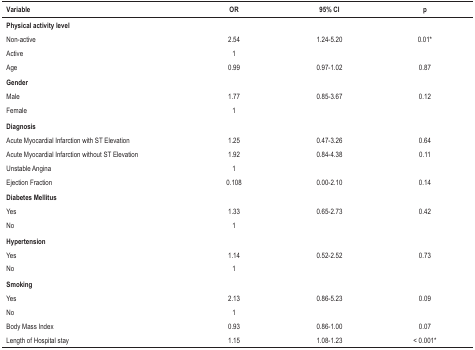
<table><thead><tr><td><b>Variable</b></td><td><b>OR</b></td><td><b>95% CI</b></td><td><b>p</b></td></tr></thead><tbody><tr><td><b>Physical activity level</b></td><td> </td><td> </td><td> </td></tr><tr><td>Non-active</td><td>2.54</td><td>1.24-5.20</td><td>0.01*</td></tr><tr><td>Active</td><td>1</td><td> </td><td> </td></tr><tr><td>Age</td><td>0.99</td><td>0.97-1.02</td><td>0.87</td></tr><tr><td><b>Gender</b></td><td> </td><td> </td><td> </td></tr><tr><td>Male</td><td>1.77</td><td>0.85-3.67</td><td>0.12</td></tr><tr><td>Female</td><td>1</td><td> </td><td> </td></tr><tr><td><b>Diagnosis</b></td><td> </td><td> </td><td> </td></tr><tr><td>Acute Myocardial Infarction with ST Elevation</td><td>1.25</td><td>0.47-3.26</td><td>0.64</td></tr><tr><td>Acute Myocardial Infarction without ST Elevation</td><td>1.92</td><td>0.84-4.38</td><td>0.11</td></tr><tr><td>Unstable Angina</td><td>1</td><td> </td><td> </td></tr><tr><td>Ejection Fraction</td><td>0.108</td><td>0.00-2.10</td><td>0.14</td></tr><tr><td><b>Diabetes Mellitus</b></td><td> </td><td> </td><td> </td></tr><tr><td>Yes</td><td>1.33</td><td>0.65-2.73</td><td>0.42</td></tr><tr><td>No</td><td>1</td><td> </td><td> </td></tr><tr><td><b>Hypertension</b></td><td> </td><td> </td><td> </td></tr><tr><td>Yes</td><td>1.14</td><td>0.52-2.52</td><td>0.73</td></tr><tr><td>No</td><td>1</td><td> </td><td> </td></tr><tr><td colspan="4"><b>Smoking</b></td></tr><tr><td>Yes</td><td>2.13</td><td>0.86-5.23</td><td>0.09</td></tr><tr><td>No</td><td>1</td><td> </td><td> </td></tr><tr><td>Body Mass Index</td><td>0.93</td><td>0.86-1.00</td><td>0.07</td></tr><tr><td>Length of Hospital stay</td><td>1.15</td><td>1.08-1.23</td><td>&lt; 0.001*</td></tr></tbody></table>